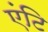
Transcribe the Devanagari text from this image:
एंटि